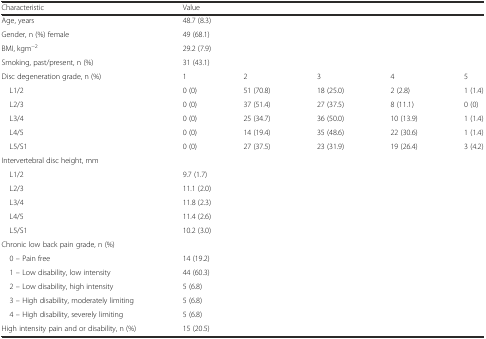
| Characteristic | <COLSPAN=5> Value |
 | --- | --- | --- | --- | --- | --- |
 | Age, years | <COLSPAN=5> 48.7 (8.3) |
 | Gender, n (%) female | <COLSPAN=5> 49 (68.1) |
 | BMI, kgm−2 | <COLSPAN=5> 29.2 (7.9) |
 | Smoking, past/present, n (%) | <COLSPAN=5> 31 (43.1) |
 | Disc degeneration grade, n (%) | 1 | 2 | 3 | 4 | 5 |
 | L1/2 | 0 (0) | 51 (70.8) | 18 (25.0) | 2 (2.8) | 1 (1.4) |
 | L2/3 | 0 (0) | 37 (51.4) | 27 (37.5) | 8 (11.1) | 0 (0) |
 | L3/4 | 0 (0) | 25 (34.7) | 36 (50.0) | 10 (13.9) | 1 (1.4) |
 | L4/5 | 0 (0) | 14 (19.4) | 35 (48.6) | 22 (30.6) | 1 (1.4) |
 | L5/S1 | 0 (0) | 27 (37.5) | 23 (31.9) | 19 (26.4) | 3 (4.2) |
 | Intervertebral disc height, mm | <COLSPAN=5>  |
 | L1/2 | <COLSPAN=5> 9.7 (1.7) |
 | L2/3 | <COLSPAN=5> 11.1 (2.0) |
 | L3/4 | <COLSPAN=5> 11.8 (2.3) |
 | L4/5 | <COLSPAN=5> 11.4 (2.6) |
 | L5/S1 | <COLSPAN=5> 10.2 (3.0) |
 | Chronic low back pain grade, n (%) | <COLSPAN=5>  |
 | 0 – Pain free | <COLSPAN=5> 14 (19.2) |
 | 1 – Low disability, low intensity | <COLSPAN=5> 44 (60.3) |
 | 2 – Low disability, high intensity | <COLSPAN=5> 5 (6.8) |
 | 3 – High disability, moderately limiting | <COLSPAN=5> 5 (6.8) |
 | 4 – High disability, severely limiting | <COLSPAN=5> 5 (6.8) |
 | High intensity pain and or disability, n (%) | <COLSPAN=5> 15 (20.5) |